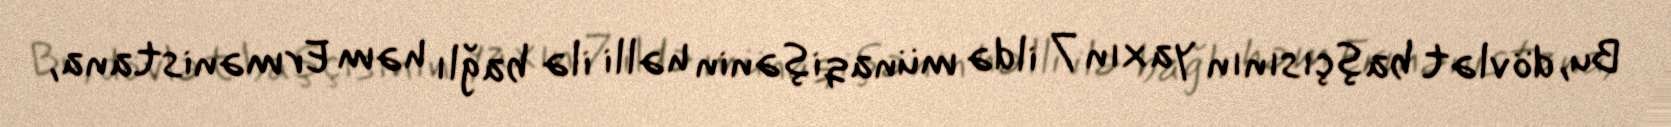
Bu, dövlət başçısının yaxın 7 ildə münaqişənin həlli ilə bağlı həm Ermənistana,